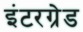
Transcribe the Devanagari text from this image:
इंटरग्रेड